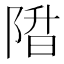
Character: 陹